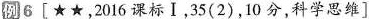
例6[★★，2016课标Ⅰ，35(2)，10分，科学思维]